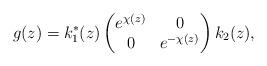
LaTeX: \begin{gather*}g(z)=k_1^*(z)\left(\begin{matrix} e^{\chi(z)}&0\\0&e^{-\chi(z)}\end{matrix}\right)k_2(z),\end{gather*}